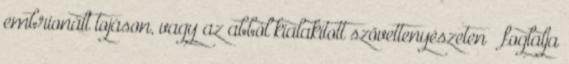
embrionált tojáson, vagy az abból kialakított szövettenyészeten – foglalja